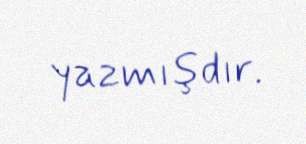
yazmışdır.